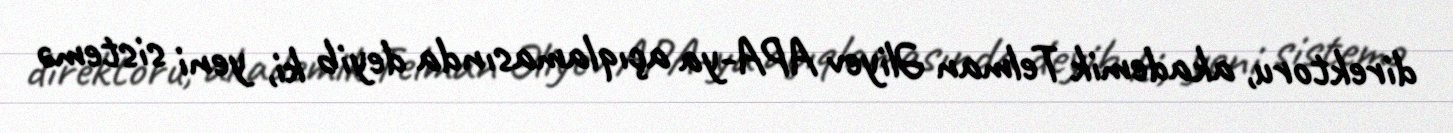
direktoru, akademik Telman Əliyev APA-ya açıqlamasında deyib ki, yeni sistemə